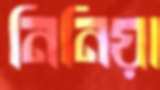
নিনিয়া